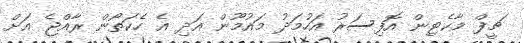
ޗީފް މާކެޓިން އޮފިސަރު އަހުމަދު މައުމޫން އަދި އެ ހެކަތޯން ރާއްޖެ އަށް